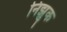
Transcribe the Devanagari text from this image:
निझुक